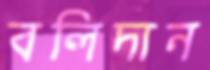
বলিদান